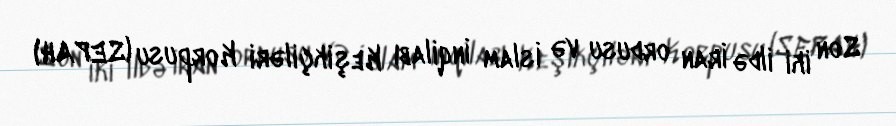
Son iki ildə İran ordusu və İslam İnqilabı Keşikçiləri Korpusu (SEPAH)